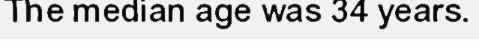
The median age was 34 years.